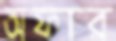
অফার